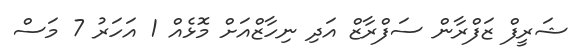
ޝަރީފް ޒަފްރާން ސަފްރާޒް އަދި ނިހާޒްއަށް މޮޅެއް 1 އަހަރު 7 މަސް